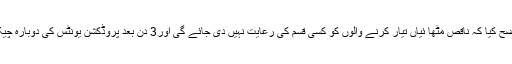
ڈی جی فوڈ نے واضح کیا کہ ناقص مٹھا ئیاں تیار کرنے والوں کو کسی قسم کی رعایت نہیں دی جائے گی اور3 دن بعد پروڈکشن یونٹس کی دوبارہ چیکنگ کی جائے گی۔